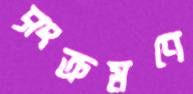
সংক্রমণে